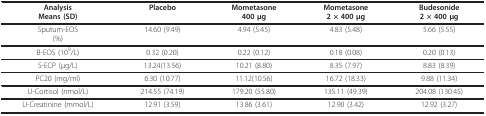
<table><thead><tr><td><b>AnalysisMeans (SD)</b></td><td><b>Placebo</b></td><td><b>Mometasone400 μg</b></td><td><b>Mometasone2 × 400 μg</b></td><td><b>Budesonide2 × 400 μg</b></td></tr></thead><tbody><tr><td>Sputum-EOS(%)</td><td>14.60 (9.49)</td><td>4.94 (5.45)</td><td>4.83 (5.48)</td><td>5.66 (5.55)</td></tr><tr><td>B-EOS (10<sup>9</sup>/L)</td><td>0.32 (0.20)</td><td>0.22 (0.12)</td><td>0.18 (0.08)</td><td>0.20 (0.13)</td></tr><tr><td>S-ECP (μg/L)</td><td>13.24(13.56)</td><td>10.21 (8.80)</td><td>8.35 (7.97)</td><td>8.83 (8.39)</td></tr><tr><td>PC20 (mg/ml)</td><td>6.30 (10.77)</td><td>11.12(10.56)</td><td>16.72 (18.33)</td><td>9.88 (11.34)</td></tr><tr><td>U-Cortisol (nmol/L)</td><td>214.55 (74.19)</td><td>179.20 (55.80)</td><td>135.11 (49.39)</td><td>204.08 (130.45)</td></tr><tr><td>U-Creatinine (mmol/L)</td><td>12.91 (3.59)</td><td>13.86 (3.61)</td><td>12.90 (3.42)</td><td>12.92 (3.27)</td></tr></tbody></table>